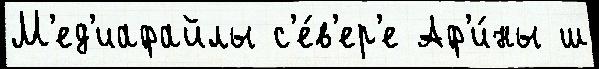
М'ед'иафайлы с'е́в'ер'е Аф'и́ны ш